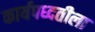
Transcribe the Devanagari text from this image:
कार्यपध्दतीला